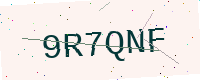
Text: 9R7QNF